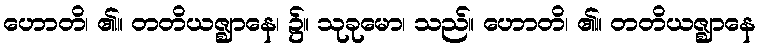
ဟောတိ၊ ၏။ တတိယဇ္ဈာနေ၊ ၌။ သုခုမော၊ သည်။ ဟောတိ၊ ၏။ တတိယဇ္ဈာနေ